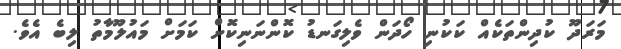
މަރަދޫ ކުދިންތަކެއް ކަކުނި ހޯދަން ވެލިގަނޑު ކޮންނަނިކޮށް ކަމަށް މައުލޫމާތު ލިބެ އެވެ.